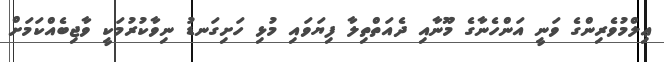
ޢިލްމުވެރިންގެ ވަނީ އަންހެނާގެ މޫނާއި ދެއަތްތިލާ ފިޔަވައި މުޅި ހަށިގަނޑު ނިވާކުރުމަކީ ވާޖިބެއްކަމަށް